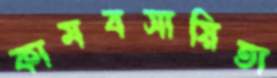
কামবসায়িতা